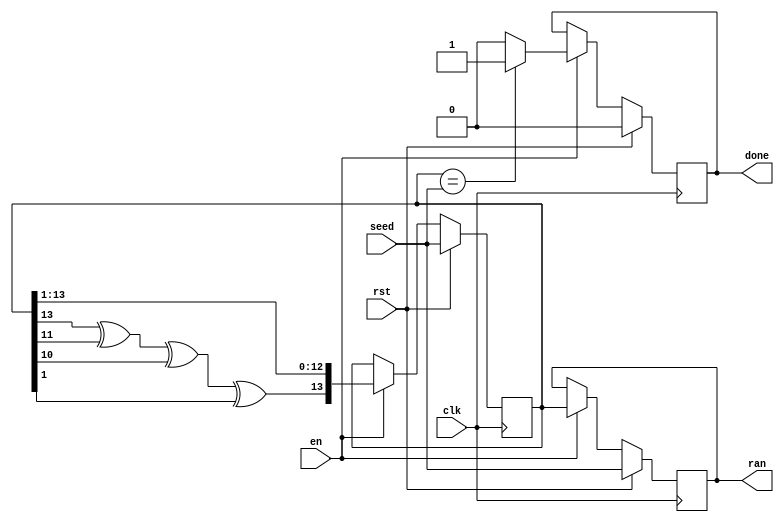
module lfsr_14bit(
    input clk,
    input rst,
    input [13:0] seed,
    input en,
    output reg [13:0] ran,
    output reg done
);

reg [13:0] state;
reg feedback;

always @* begin
    feedback = state[13] ^ state[11] ^ state[10] ^ state[1];
end

always @(posedge clk) begin
    if (rst) begin
        state <= seed;
        ran <= seed;
        done <= 0;
    end

    else if (en) begin
        state <= {feedback, state[13:1]};
        ran <= state;

        if (state == seed) begin
            done <= 1;
        end
        else begin
            done <= 0;
        end
    end
end

endmodule